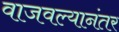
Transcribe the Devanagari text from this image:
वाजवल्यानंतर